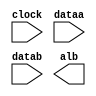
// megafunction wizard: %ALTFP_COMPARE%VBB%
// GENERATION: STANDARD
// VERSION: WM1.0
// MODULE: altfp_compare 

// ============================================================
// Megafunction Name(s):
// 			altfp_compare
//
// Simulation Library Files(s):
// 			lpm
// ============================================================
// ************************************************************
// THIS IS A WIZARD-GENERATED FILE. DO NOT EDIT THIS FILE!
//
// 18.1.0 Build 625 09/12/2018 SJ Lite Edition
// ************************************************************

//Copyright (C) 2018  Intel Corporation. All rights reserved.
//Your use of Intel Corporation's design tools, logic functions 
//and other software and tools, and its AMPP partner logic 
//functions, and any output files from any of the foregoing 
//(including device programming or simulation files), and any 
//associated documentation or information are expressly subject 
//to the terms and conditions of the Intel Program License 
//Subscription Agreement, the Intel Quartus Prime License Agreement,
//the Intel FPGA IP License Agreement, or other applicable license
//agreement, including, without limitation, that your use is for
//the sole purpose of programming logic devices manufactured by
//Intel and sold by Intel or its authorized distributors.  Please
//refer to the applicable agreement for further details.

module compare_in (
	clock,
	dataa,
	datab,
	alb)/* synthesis synthesis_clearbox = 1 */;

	input	  clock;
	input	[31:0]  dataa;
	input	[31:0]  datab;
	output	  alb;

endmodule

// ============================================================
// CNX file retrieval info
// ============================================================
// Retrieval info: PRIVATE: FPM_FORMAT NUMERIC "0"
// Retrieval info: PRIVATE: INTENDED_DEVICE_FAMILY STRING "Cyclone IV E"
// Retrieval info: PRIVATE: SYNTH_WRAPPER_GEN_POSTFIX STRING "0"
// Retrieval info: LIBRARY: altera_mf altera_mf.altera_mf_components.all
// Retrieval info: CONSTANT: INTENDED_DEVICE_FAMILY STRING "Cyclone IV E"
// Retrieval info: CONSTANT: PIPELINE NUMERIC "1"
// Retrieval info: CONSTANT: WIDTH_EXP NUMERIC "8"
// Retrieval info: CONSTANT: WIDTH_MAN NUMERIC "23"
// Retrieval info: USED_PORT: alb 0 0 0 0 OUTPUT NODEFVAL "alb"
// Retrieval info: USED_PORT: clock 0 0 0 0 INPUT NODEFVAL "clock"
// Retrieval info: USED_PORT: dataa 0 0 32 0 INPUT NODEFVAL "dataa[31..0]"
// Retrieval info: USED_PORT: datab 0 0 32 0 INPUT NODEFVAL "datab[31..0]"
// Retrieval info: CONNECT: @clock 0 0 0 0 clock 0 0 0 0
// Retrieval info: CONNECT: @dataa 0 0 32 0 dataa 0 0 32 0
// Retrieval info: CONNECT: @datab 0 0 32 0 datab 0 0 32 0
// Retrieval info: CONNECT: alb 0 0 0 0 @alb 0 0 0 0
// Retrieval info: GEN_FILE: TYPE_NORMAL compare_in.v TRUE
// Retrieval info: GEN_FILE: TYPE_NORMAL compare_in.inc FALSE
// Retrieval info: GEN_FILE: TYPE_NORMAL compare_in.cmp FALSE
// Retrieval info: GEN_FILE: TYPE_NORMAL compare_in.bsf FALSE
// Retrieval info: GEN_FILE: TYPE_NORMAL compare_in_inst.v FALSE
// Retrieval info: GEN_FILE: TYPE_NORMAL compare_in_bb.v TRUE
// Retrieval info: LIB_FILE: lpm